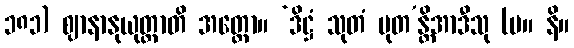
၁၈၁) ဈာနာနုယုတ္တာတိ အတ္ထော။ ‘ဒိဋ္ဌံ သုတံ မုတ’န္တိအာဒီသု (မ။ နိ။